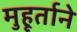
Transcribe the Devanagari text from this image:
मुहूर्ताने